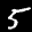
Label: 5